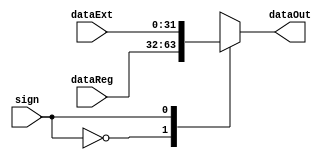
module Alusrc
(
	input sign,
	input [31:0] dataReg,
	input [31:0] dataExt,
	output reg [31:0] dataOut

);


	always@(*) begin
		case(sign) 
			0: dataOut = dataReg; 
			1: dataOut = dataExt;
			default: dataOut = 32'bz;
		endcase
		
	end

endmodule